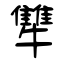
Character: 犨